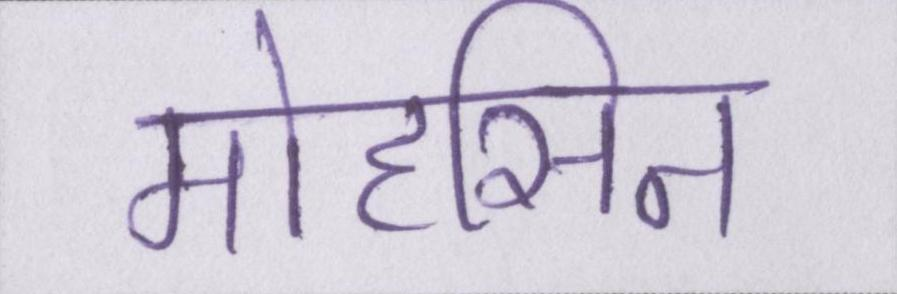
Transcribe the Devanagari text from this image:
मोहसिन